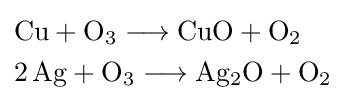
{\begin{aligned}&{\mathrm {Cu} {}+{}\mathrm {O} {\vphantom {A}}_{\smash[{t}]{3}}{}\mathrel {\longrightarrow } {}\mathrm {CuO} {}+{}\mathrm {O} {\vphantom {A}}_{\smash[{t}]{2}}}\\&{2\,\mathrm {Ag} {}+{}\mathrm {O} {\vphantom {A}}_{\smash[{t}]{3}}{}\mathrel {\longrightarrow } {}\mathrm {Ag} {\vphantom {A}}_{\smash[{t}]{2}}\mathrm {O} {}+{}\mathrm {O} {\vphantom {A}}_{\smash[{t}]{2}}}\end{aligned}}